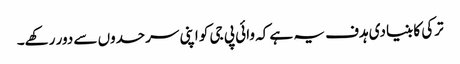
ترکی کا بنیادی ہدف یہ ہے کہ وائی پی جی کو اپنی سرحدوں سے دور رکھے۔